Sanitation, dispensaries and jails vaccination Rajputana 1922-1927 - 1922-1927
Year: 1922
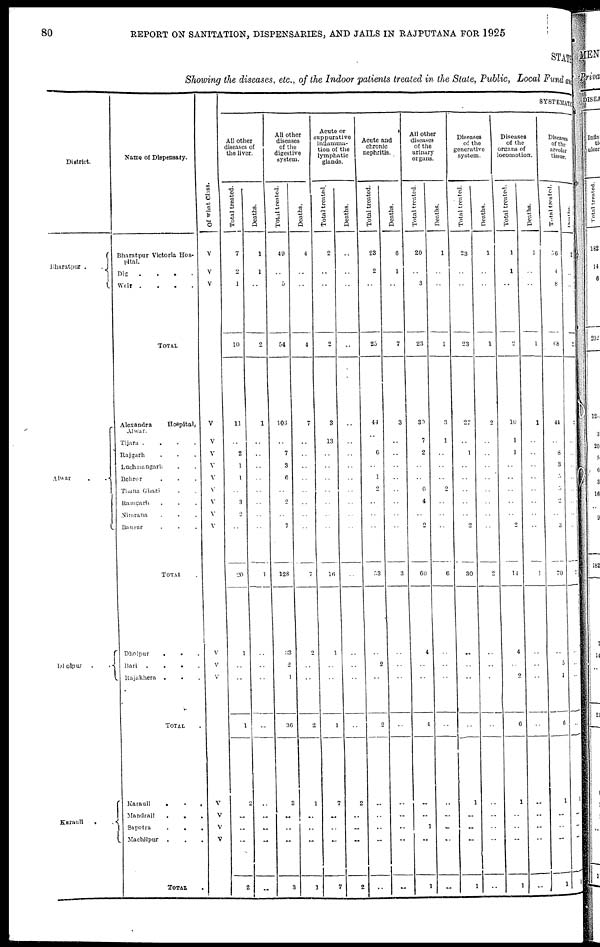
80
REPORT ON SANITATION, DISPENSARIES, AND JAILS IN RAJPUTANA FOR 1925
STATE
Showing the diseases, etc., of the Indoor patients treated in the State, Public, Local Fund and
District.
Bharatpur .
.
Alwar
.
.
Dholpur
.
.
Karauli
.
.
Name of Dispensary.
Bharatpur Victoria Hos-
pital.
Dig
.
.
.
.
Weir .
.
.
.
TOTAL
Alexandra
Hospital,
Alwar.
Tijara .
.
.
.
Rajgarh . . .
Luchmangarh . .
Behror . . .
Thana Ghazi . .
Ramgarh . . .
Nimrana . . .
Bausur . . .
TOTAL .
Dholpur
. . .
Bari
.
.
.
.
Rajakhera
. . .
TOTAL .
Karauli
.
.
.
Mandrail . . .
Sapotra
.
. .
Machilpur
. . .
TOTAL .
Of what Class.
V
V
V
V
V
V
V
V
V
V
V
V
V
V
V
V
V
V
V
SYSTEMATIC
All other
diseases of
the liver.
Total treated.
7
2
1
10
11
..
2
1
1
..
3
2
..
20
1
..
..
1
2
..
..
..
2
Deaths.
1
1
..
2
1
..
..
..
..
..
..
..
..
1
..
..
..
..
..
..
..
..
..
All other
diseases
of the
digestive
system.
Total treated.
49
..
5
54
103
..
7
3
6
..
2
..
7
128
33
2
1
36
3
..
..
..
3
Deaths.
4
..
..
4
7
..
..
..
..
..
..
..
..
7
2
..
..
2
1
..
..
..
1
Acute or
suppurative
inflamma-
tion of the
lymphatic
glands.
Total treated.
2
..
..
2
3
13
..
..
..
..
..
..
..
16
1
..
..
1
7
..
..
..
7
Deaths.
..
..
..
..
..
..
..
..
..
..
..
..
..
..
..
..
..
..
2
..
..
..
2
Acute and
chronic
nephritis.
Total treated.
23
2
..
25
44
..
6
..
1
2
..
..
..
53
..
2
..
2
..
..
..
..
..
Deaths.
6
1
..
7
3
..
..
..
..
..
..
..
..
3
..
..
..
..
..
..
..
..
..
All other
diseases
of the
urinary
organs.
Total treated.
20
..
3
23
39
7
2
..
..
6
4
..
2
60
4
..
..
4
..
..
1
..
1
Deaths.
1
..
..
1
3
1
..
..
..
2
..
..
..
6
..
..
..
..
..
..
..
..
..
Diseases
of the
generative
system.
Total treated.
23
..
..
23
27
..
1
..
..
..
..
..
2
30
..
..
..
..
1
..
..
..
1
Deaths.
1
..
..
1
2
..
..
..
..
..
..
..
..
2
..
..
..
..
..
..
..
..
..
Diseases
of the
organs of
locomotion.
Total treated.
1
1
..
2
10
1
1
..
..
..
..
..
2
14
4
..
2
6
1
..
..
..
1
Deaths.
1
..
..
1
1
..
..
..
..
..
..
..
..
1
..
..
..
..
..
..
..
..
..
Diseases
of the
areolar
tissue.
Total treated.
56
4
8
68
44
..
8
3
3
3
2
..
3
70
..
5
1
6
1
..
..
..
1
Deaths.
2
..
..
2
2
..
..
..
..
..
..
..
..
2
..
..
..
..
1
..
..
..
1